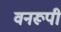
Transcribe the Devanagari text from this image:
वनरूपी